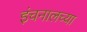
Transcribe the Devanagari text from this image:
इंचनालच्या